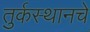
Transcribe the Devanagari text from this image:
तुर्कस्थानचे